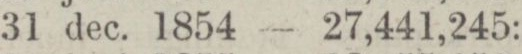
„ 31 dec. 1854 — 27,441,245: —